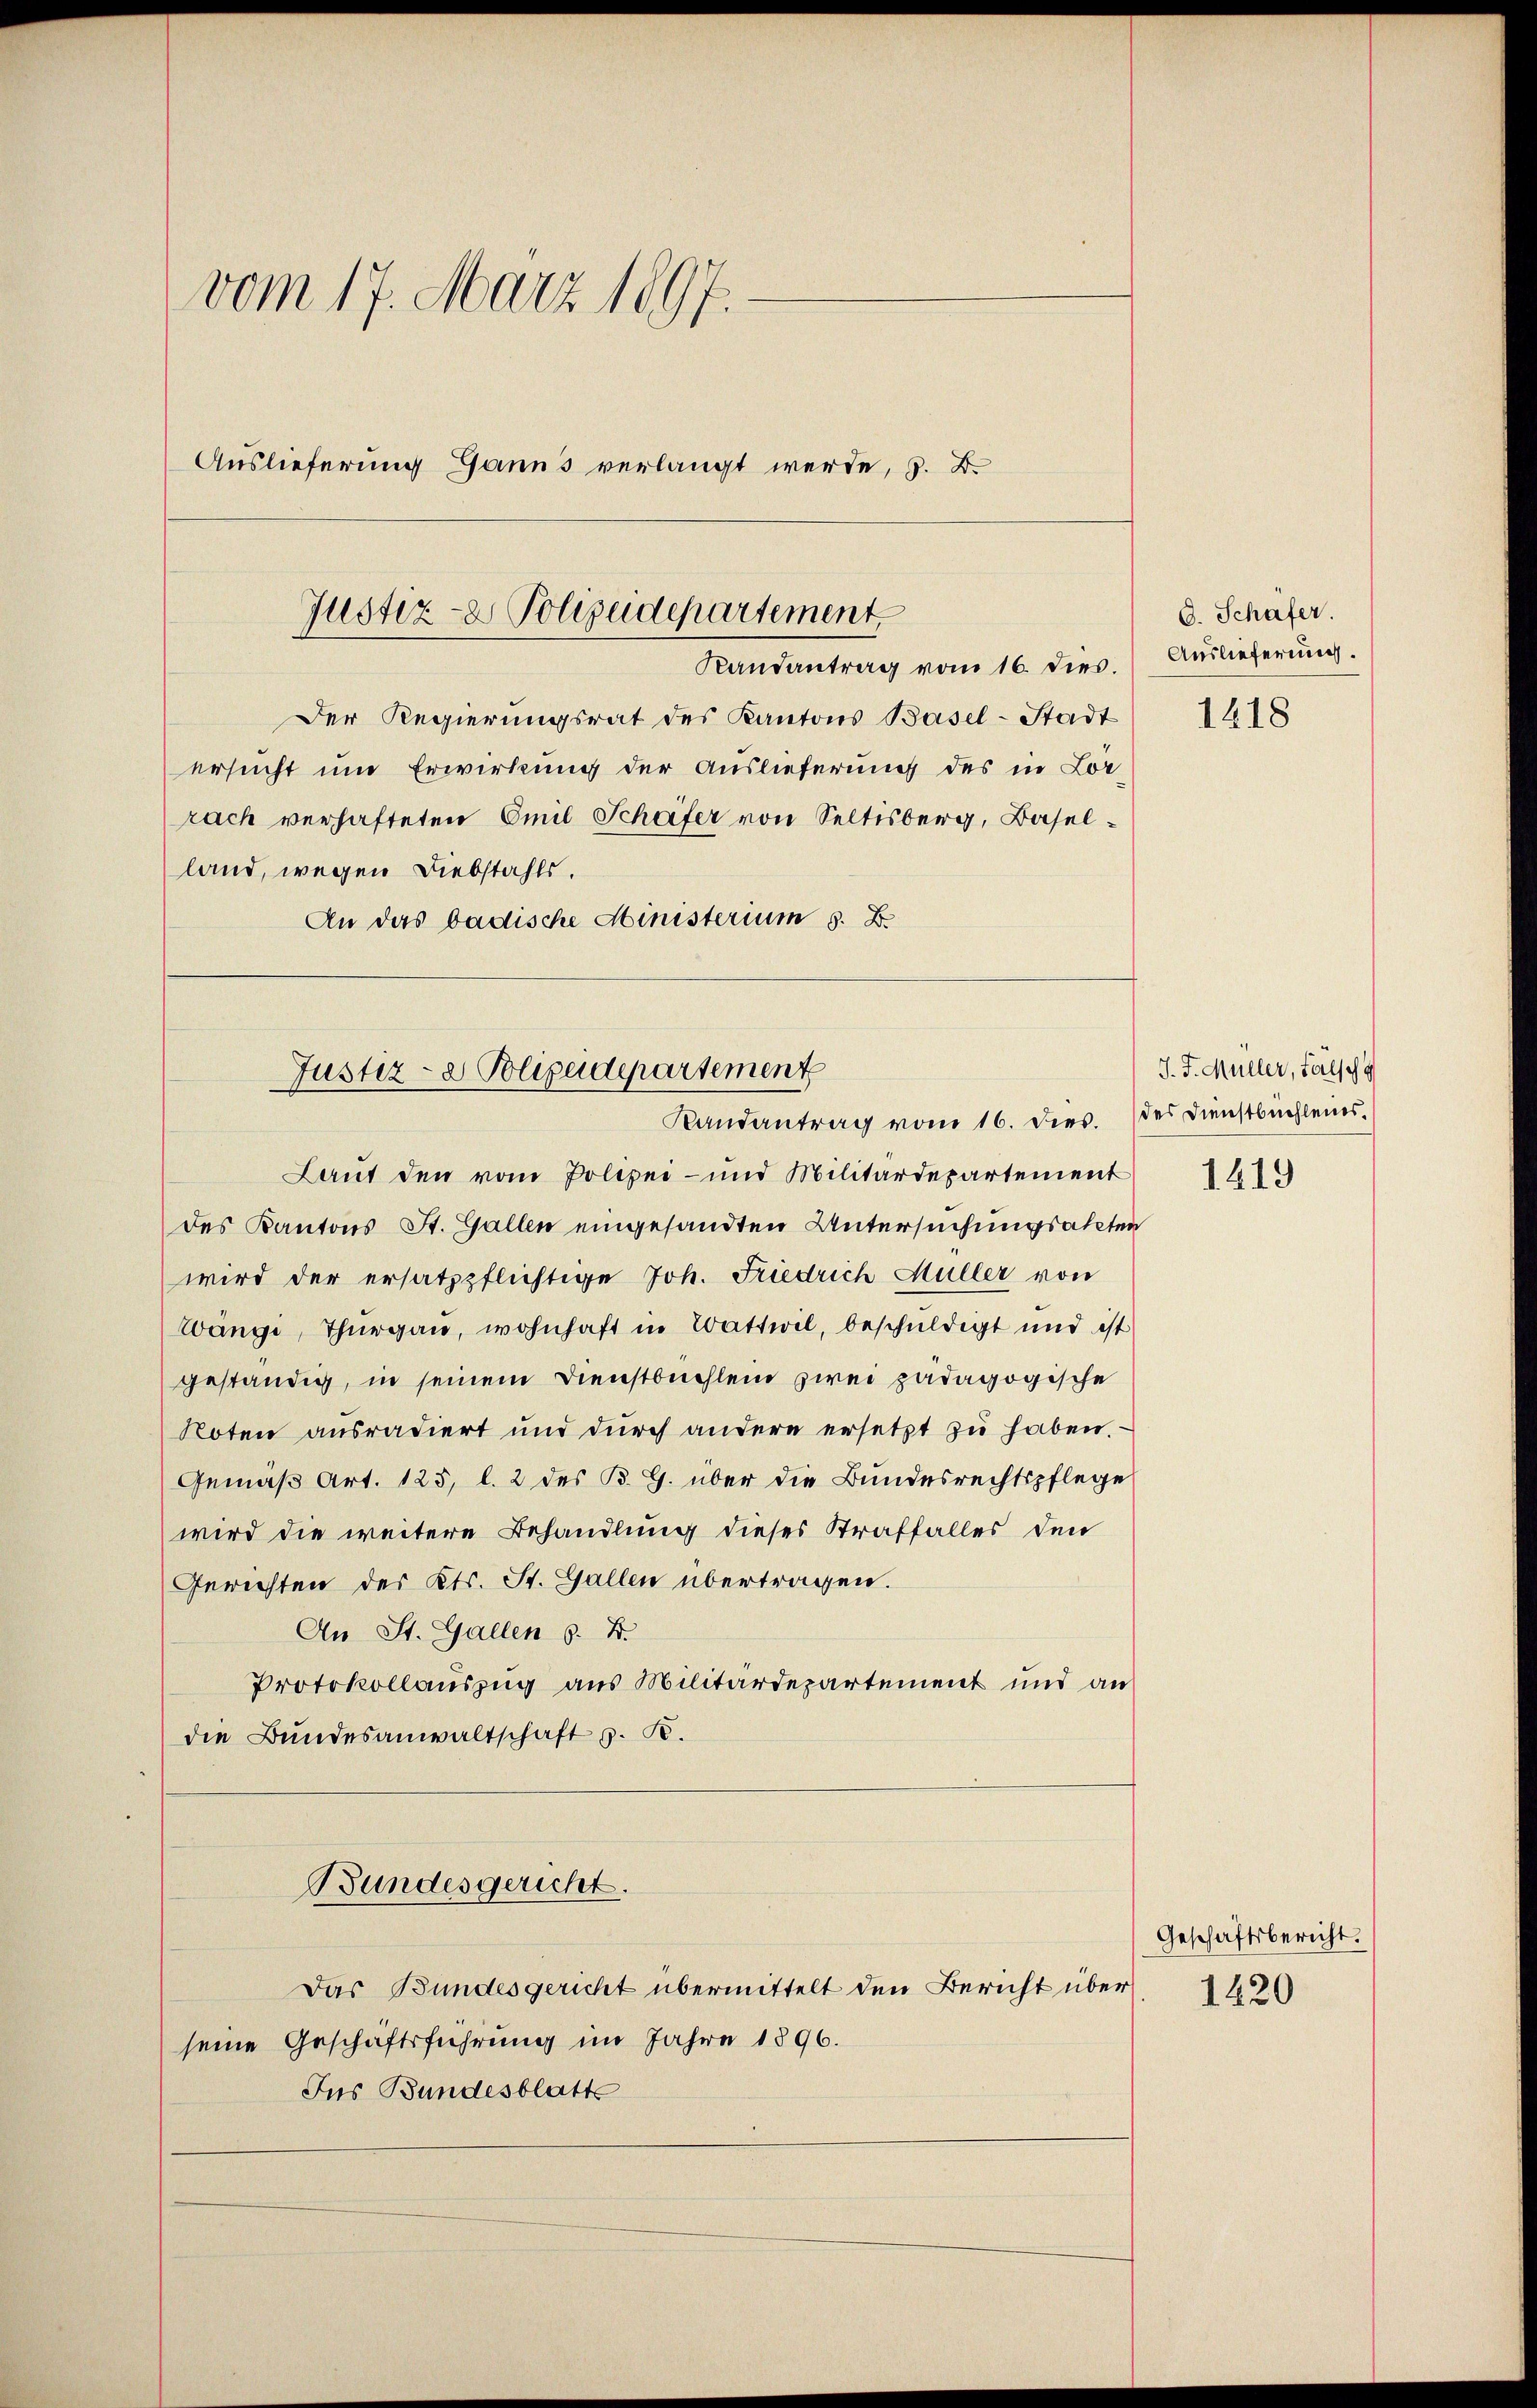
vom 17. März 1897.
Auslieferung Ganns verlangt werde, z. B.

Justiz- & Polizeidepartement
Randantrag vom 16. dies.

Der Regierungsrat des Kantons Basel-Stadt
ersucht und Erwirkung der Auslieferung des in Lor
rach verhafteten Emil Schäfer von Seltisberg, Baselland, wegen Diebstahls.
An das badische Ministerium 5. B.

Justiz- & Polizeidepartement
Randantrag vom 16. Dies. des Dienstbuehlenes.

Laut den vom Polizei- und Militärdepartement
des Kantons St. Gallen eingesandten Untersuchungsakten
wird der ersatzpflichtige Joh. Friedrich Müller von
Wange, Thurgau, wohnhaft in Wattwil, beschuldigt und ist
geständig, in seinem Dienstbuchlein zwei pädagogische
Noten ausradiert und dŭrch andere ersetzt zŭ haben.
Gemäß Art. 123, l. 2 des B. G. über die Bundesrechtspflege
wird die weitere Behandlung dieses Straffalles den
Gerichten des Kts. St. Gallen übertragen.
An St. Gallen 6. B.
Protokollauszug aus Militärdepartement und an
die Bundesanwaltschaft z. B.
Bundesgericht.
Das Bundesgericht übermittelt den Bericht über
seine Geschäftsführung im Jahre 1896.
Ins Bundesblatte

C. Schäfer.
Auslieferung.

1418

J. J. Müller, Fälsch

1419

Geschäftsbericht.
1420